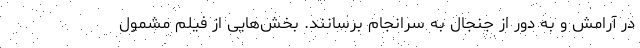
در آرامش و به دور از جنجال به سرانجام برسانند. بخش‌هایی از فیلم مشمول